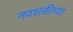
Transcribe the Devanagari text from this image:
नवशक्तीच्या